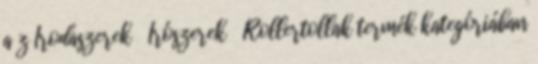
a z Irodaszerek Írószerek Rollertollak termék kategóriában